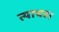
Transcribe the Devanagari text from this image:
त्याचहा